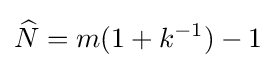
{\widehat {N}}=m(1+k^{-1})-1